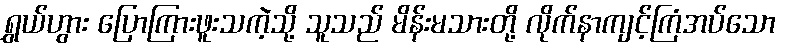
ရွှယ်ဟွား ပြောကြားဖူးသကဲ့သို့ သူသည် မိန်းမသားတို့ လိုက်နာကျင့်ကြံအပ်သော